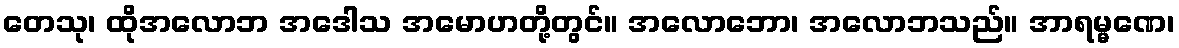
တေသု၊ ထိုအလောဘ အဒေါသ အမောဟတို့တွင်။ အလောဘော၊ အလောဘသည်။ အာရမ္မဏေ၊